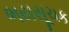
ભયસૂચક